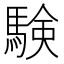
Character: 験